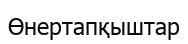
Өнертапқыштар